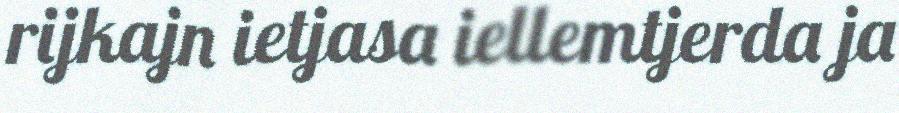
rijkajn ietjasa iellemtjerda ja